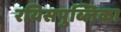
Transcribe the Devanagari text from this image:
रयिसपुब्लिका